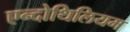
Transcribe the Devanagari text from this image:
एन्दोथिलियम